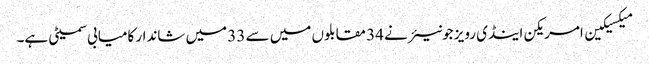
میکسیکین امریکن اینڈی رویز جونیئر نے 34 مقابلوں میں سے 33 میں شاندار کامیابی سمیٹی ہے۔